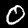
Digit: 0